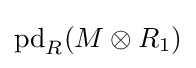
\operatorname {pd} _{R}(M\otimes R_{1})